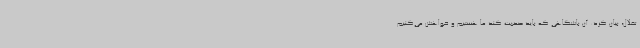
تقلال، بیان کرد: آن باشگاهی که باید صحبت کند ما هستیم و خواهش می‌کنیم